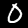
Label: 0